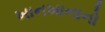
ખાનખાનાનો